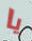
يا